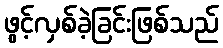
ဖွင့်လှစ်ခဲ့ခြင်းဖြစ်သည်